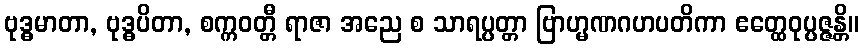
ဗုဒ္ဓမာတာ, ဗုဒ္ဓပိတာ, စက္ကဝတ္တီ ရာဇာ အညေ စ သာရပ္ပတ္တာ ဗြာဟ္မဏဂဟပတိကာ ဧတ္ထေဝုပ္ပဇ္ဇန္တိ။